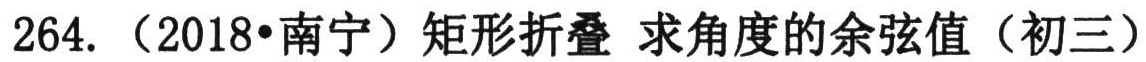
264. （2018•南宁）矩形折叠 求角度的余弦值（初三）